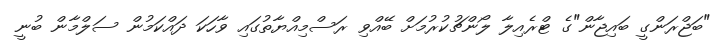
"ބަޖްރަންގީ ބައިޖާން"ގެ ޓްރެއިލާ ލޯންޗުކުރުމަށް ބޭއްވި ރަސްމިއްޔާތުގައި ވާހަކަ ދައްކަމުން ސަލްމާން ބުނީ